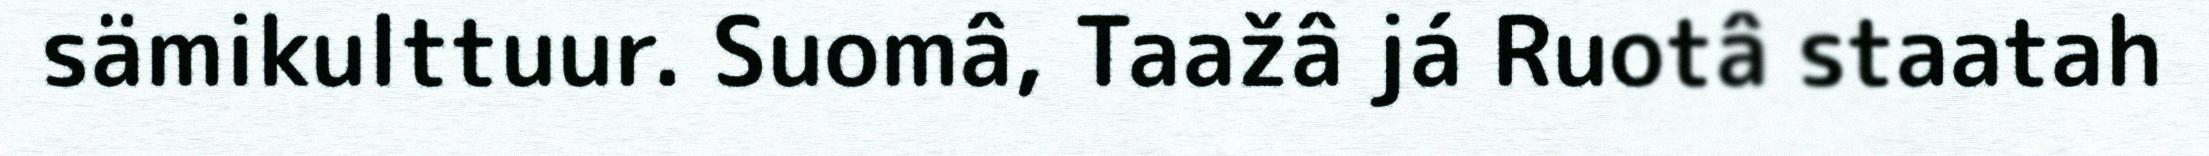
sämikulttuur. Suomâ, Taažâ já Ruotâ staatah